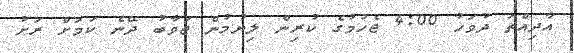
އާދިއްތަ ދުވަހު 4:00 ޖެހުމުގެ ކުރިން ލިޔުމުން ޖަވާބު ދޭނެ ކަމަށް ރަށު